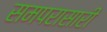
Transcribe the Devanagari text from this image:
समपरासारी